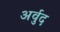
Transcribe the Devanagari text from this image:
अर्वुद